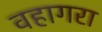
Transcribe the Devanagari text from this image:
वहागरा